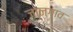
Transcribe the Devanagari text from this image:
जानगाव